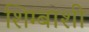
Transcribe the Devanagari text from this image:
शिम्बाशी